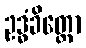
ဥဒ္ဓံခိတ္တော